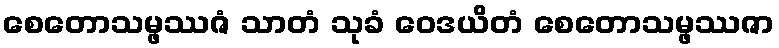
စေတောသမ္ဖဿဇံ သာတံ သုခံ ဝေဒယိတံ စေတောသမ္ဖဿဇာ